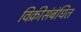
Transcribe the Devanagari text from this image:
विक्रीसंबंधित